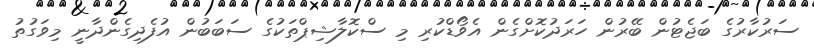
ސަރުކާރުގެ ބަޖެޓުން ބޭރުން ހަރަދުކޮށްގެން އެވޯޑްކުރި މި ސްކޮލާޝިޕްތަކުގެ ސަބަބުން އުފެދިގެންދާނީ މިވަގުތު